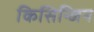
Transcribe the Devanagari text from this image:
किसिन्जिन